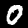
Label: 0